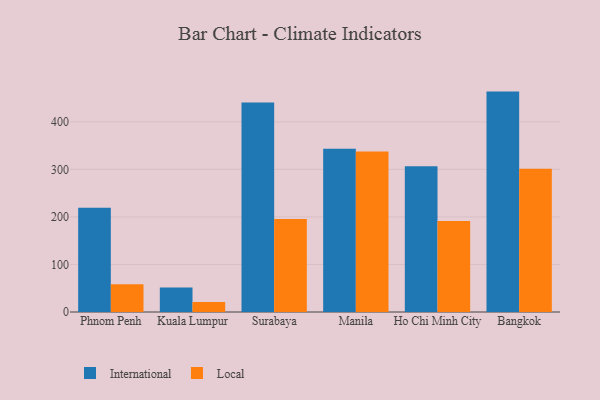
{"axis": {"x": "City", "y": "Active Users"}, "legend": ["International", "Local"], "data": [{"x": "Phnom Penh", "y": 219.4, "type": "International"}, {"x": "Phnom Penh", "y": 58.5, "type": "Local"}, {"x": "Kuala Lumpur", "y": 51.6, "type": "International"}, {"x": "Kuala Lumpur", "y": 20.8, "type": "Local"}, {"x": "Surabaya", "y": 440.6, "type": "International"}, {"x": "Surabaya", "y": 195.4, "type": "Local"}, {"x": "Manila", "y": 343.1, "type": "International"}, {"x": "Manila", "y": 337.4, "type": "Local"}, {"x": "Ho Chi Minh City", "y": 306.4, "type": "International"}, {"x": "Ho Chi Minh City", "y": 191.3, "type": "Local"}, {"x": "Bangkok", "y": 463.5, "type": "International"}, {"x": "Bangkok", "y": 301.0, "type": "Local"}]}